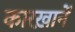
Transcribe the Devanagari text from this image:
कारख़ानें